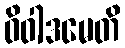
ဝိဝါဒမေတိ